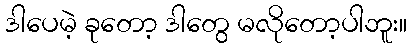
ဒါပေမဲ့ ခုတော့ ဒါတွေ မလိုတော့ပါဘူး။